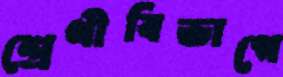
শ্রেণীবিভাগে